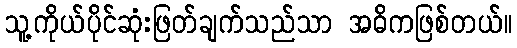
သူ့ကိုယ်ပိုင်ဆုံးဖြတ်ချက်သည်သာ အဓိကဖြစ်တယ်။